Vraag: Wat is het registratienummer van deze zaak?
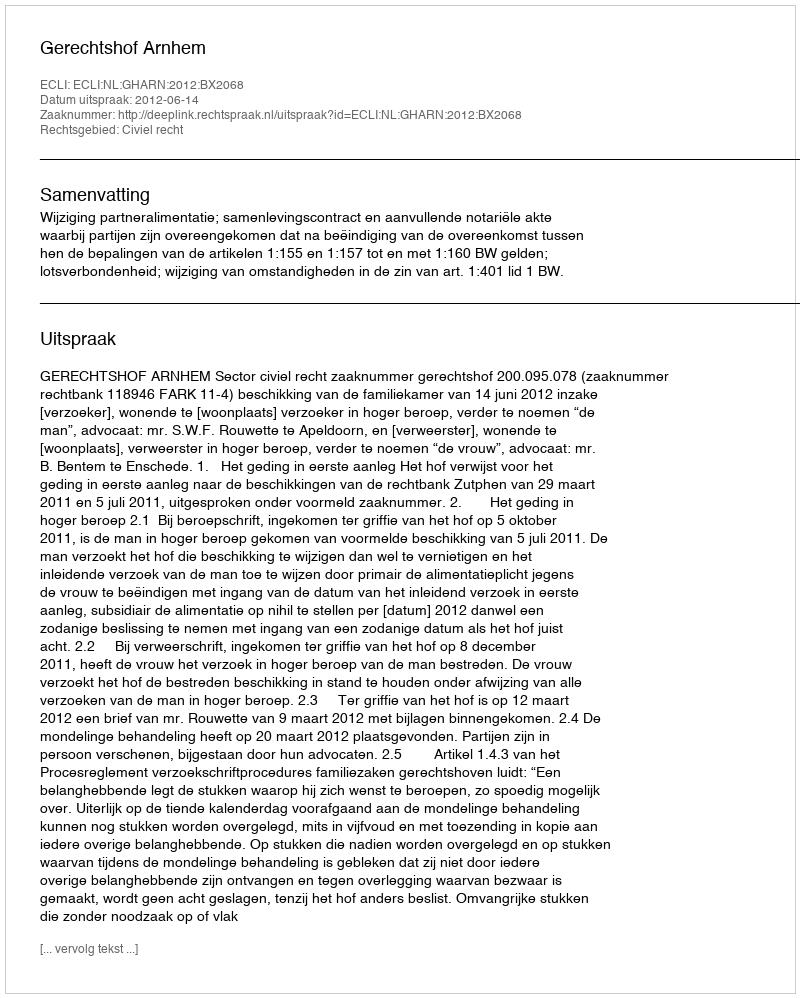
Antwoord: http://deeplink.rechtspraak.nl/uitspraak?id=ECLI:NL:GHARN:2012:BX2068